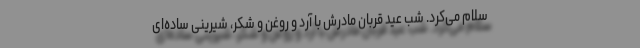
سلام می‌کرد. شب عید قربان مادرش با آرد و روغن و شکر، شیرینی ساده‌ای